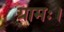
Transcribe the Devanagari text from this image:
ग्रामः।